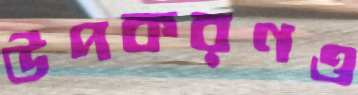
উপকরণও